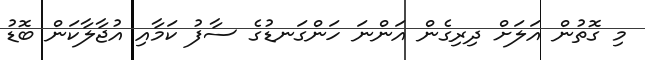
މި ގޮތުން އަލަށް ދިރިގެން އަންނަ ހަންގަނޑުގެ ސާފު ކަމާއި އުޖާލާކަން ބޮޑު